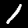
Digit: 1